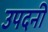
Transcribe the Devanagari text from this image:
उपदनी